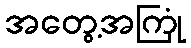
အတွေ့အကြုံ